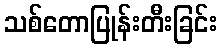
သစ်တောပြုန်းတီးခြင်း